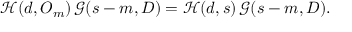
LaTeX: { \mathcal { H } } ( d , O _ { m } ) \, { \mathcal { G } } ( s - m , D ) = { \mathcal { H } } ( d , s ) \, { \mathcal { G } } ( s - m , D ) .